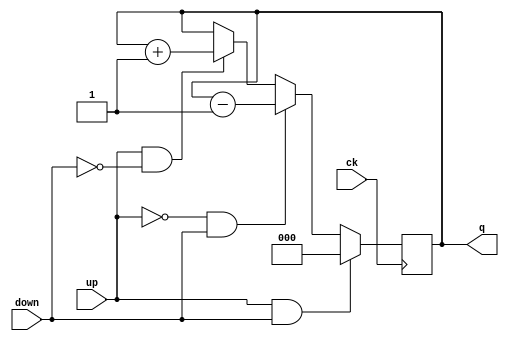
`timescale 1ns / 1ps
//////////////////////////////////////////////////////////////////////////////////
// Company: 
// Engineer: 
// 
// Design Name: 
// Module Name:    updown3bit 
// Project Name: 
// Target Devices: 
// Tool versions: 
// Description: 
//
// Dependencies: 
//
// Revision: 
// Revision 0.01 - File Created
// Additional Comments: 
//
//////////////////////////////////////////////////////////////////////////////////
module updown3bit(
    input up,
    input down,
    input ck,
    output reg [2:0] q
    );

	reg [2:0] next_q;

	// sync. logic
	always @(posedge ck) begin
		q <= next_q;
	end

	// combinational
	always @(q, up, down) begin
		// default code
		next_q = q;	// hold condition
		// regular logic
		if (up == 1 && down == 0) begin
			next_q = q + 1;
		end
		if (up == 0 && down == 1) begin
			next_q = q - 1;
		end
		// priority logic
		if (up == 1 && down == 1) begin
			next_q = 0;
		end

	end	// end to always

endmodule